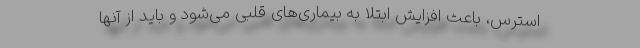
استرس، باعث افزایش ابتلا به بیماری‌های قلبی می‌شود و باید از آنها